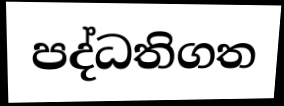
පද්ධතිගත